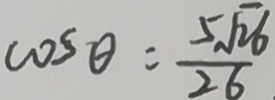
\cos \theta = \frac { 5 \sqrt { 2 6 } } { 2 6 }